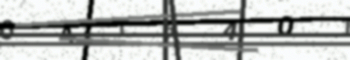
Text: 04T64O1